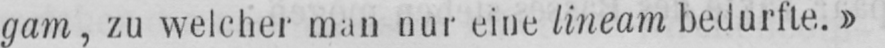
gam, zu welcher man nur eine lineam bedurfte.»